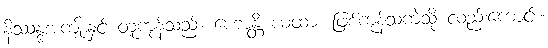
နိဿန္ဒအကျိုးနှင့် တူကုန်သည်။ ဟောန္တိ ယထာ၊ ဖြစ်ကုန်သကဲ့သို့ လည်းကောင်း။